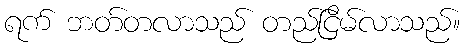
ရက် ဘတ်တလာသည် တည်ငြိမ်လာသည်။